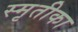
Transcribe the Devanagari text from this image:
स्मृतीका